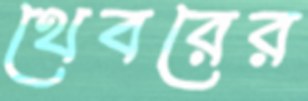
থেবরের